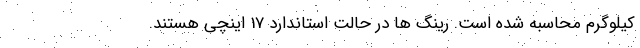
کیلوگرم محاسبه شده است. رینگ ها در حالت استاندارد 17 اینچی هستند.